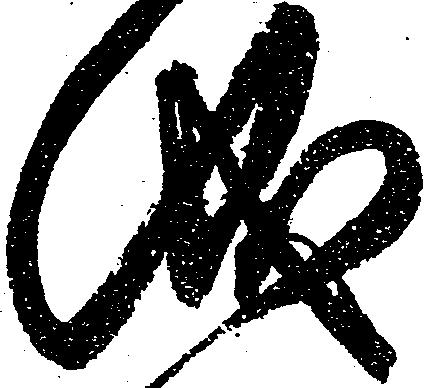
儀